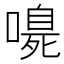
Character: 𭊴